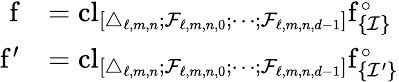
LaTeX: \begin{array}{rl}{\mathrm{f}}&{=\mathrm{cl}_{[\triangle_{\ell,m,n};\mathcal{F}_{\ell,m,n,0};\cdots;\mathcal{F}_{\ell,m,n,d-1}]}\mathrm{f}_{\{ \mathcal{I}\} }^{\circ}}\\ {\mathrm{f}^{\prime}}&{=\mathrm{cl}_{[\triangle_{\ell,m,n};\mathcal{F}_{\ell,m,n,0};\cdots;\mathcal{F}_{\ell,m,n,d-1}]}\mathrm{f}_{\{ \mathcal{I}^{\prime}\} }^{\circ}}\end{array}